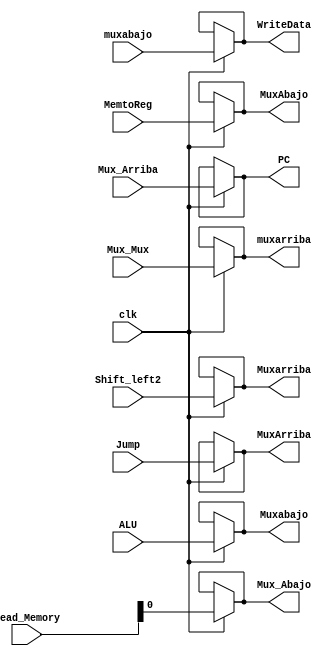
`timescale 1ns/1ns
module Buffer_4 (
    input  clk,
    input [31:0]Mux_Arriba,
    input Jump,
    input [31:0]Shift_left2,
    input [31:0]Mux_Mux,
    input MemtoReg,
    input [31:0]Read_Memory,
    input [31:0]ALU,
    input [31:0]muxabajo,

    output [31:0]PC,
    output MuxArriba,
    output [31:0]Muxarriba,
    output [31:0]muxarriba,
    output MuxAbajo,
    output Mux_Abajo,
    output [31:0]Muxabajo,
    output [31:0]WriteData
  
);


assign PC= (clk) ? Mux_Arriba : PC;
assign MuxArriba= (clk) ? Jump : MuxArriba;
assign Muxarriba= (clk) ? Shift_left2 : Muxarriba;
assign muxarriba= (clk) ? Mux_Mux : muxarriba;
assign MuxAbajo= (clk) ? MemtoReg : MuxAbajo;
assign Mux_Abajo= (clk) ? Read_Memory : Mux_Abajo;
assign Muxabajo= (clk) ? ALU : Muxabajo;
assign WriteData= (clk) ? muxabajo : WriteData;



    
endmodule